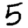
Digit: 5